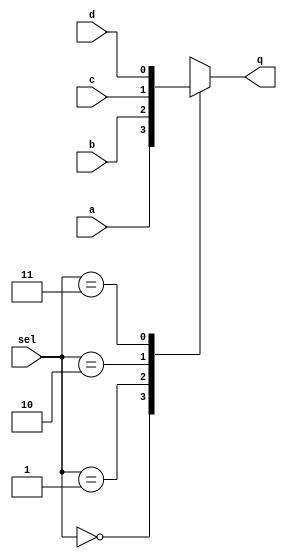
// This program was cloned from: https://github.com/steveicarus/ivtest
// License: GNU General Public License v2.0

module switch (q,a,b,c,d,sel);
input a,b,c,d;
input [1:0] sel;
output q;
reg q;
always @ *
     case (sel)
         2'b00: q = a;
	 2'b01: q = b;
	 2'b10: q = c;
	 2'b11: q = d;
     endcase

endmodule

module test ;
reg [1:0] sel;
reg a,b,c,d;
wire q;

switch u_switch (q,a,b,c,d,sel);

initial
  begin
    a = 0;
    b = 0;
    c = 0;
    d = 0;
    sel = 2'b00;

    #1;
    if(q !== 1'b0)
      begin
        $display("FAILED");
        $finish;
      end
    a = 1;
    #1;
    if(q !== 1'b1)
      begin
        $display("FAILED");
        $finish;
      end
    $display("PASSED");
  end
endmodule